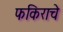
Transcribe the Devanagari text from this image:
फकिराचे